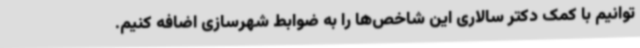
توانیم با کمک دکتر سالاری این شاخص‌ها را به ضوابط شهرسازی اضافه کنیم.